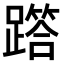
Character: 𨅞